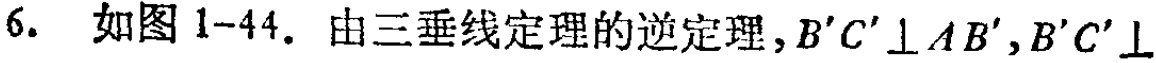
6. 如图1-44. 由三垂线定理的逆定理，\(B'C'\perp AB'\)，\(B'C'\perp\)